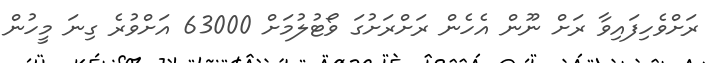
ރަށްވެހިފައިވާ ރަށް ނޫން އެހެން ރަށްރަށުގަ ވޯޓުލުމަށް 63000 އަށްވުރެ ގިނަ މީހުން